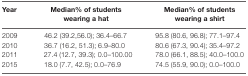
| Year | Median% of students wearing a hat | Median% of students wearing a shirt |
 | --- | --- | --- |
 | 2009 | 46.2 (39.2,56.0); 36.4–66.7 | 95.8 (80.6, 96.8); 77.1–97.4 |
 | 2010 | 36.7 (16.2, 51.3); 6.9–80.0 | 80.6 (67.3, 90.4); 35.4–97.2 |
 | 2011 | 27.4 (12.7, 39.3); 0.0–100.00 | 78.0 (66.1, 88.5); 40.0–100.0 |
 | 2015 | 18.0 (7.7, 42.5); 0.0–76.9 | 74.5 (55.9, 90.0); 0.0–100.0 |